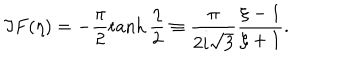
LaTeX: \Im F ( \eta ) = - \frac { \pi } { 2 } \tanh \frac { \eta } { 2 } \equiv \frac { \pi } { 2 i \sqrt { 3 } } \frac { \xi - 1 } { \xi + 1 } .